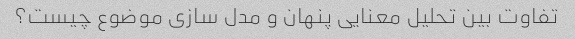
تفاوت بین تحلیل معنایی پنهان و مدل سازی موضوع چیست؟